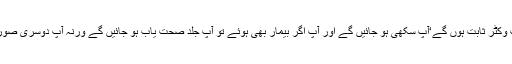
آپ یقین کریں آپ اگر چند دن کے لیے فیس بک‘ ٹویٹر اور واٹس ایپ بند کر دیں گے تو آپ وکٹر ثابت ہوں گے‘آپ سکھی ہو جائیں گے اور آپ اگر بیمار بھی ہوئے تو آپ جلد صحت یاب ہو جائیں گے ورنہ آپ دوسری صورت میں ٹیلی ویژن اور سوشل میڈیا دیکھ دیکھ کر کرونا کے بغیر ہی مر جائیں گے‘ کیوں؟